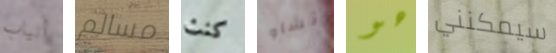
أنياب مسالم كنت تشاو هو سيمكنني